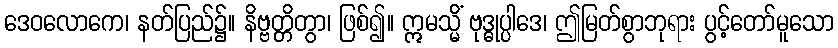
ဒေဝလောကေ၊ နတ်ပြည်၌။ နိဗ္ဗတ္တိတွာ၊ ဖြစ်၍။ ဣမသ္မိံ ဗုဒ္ဓုပ္ပါဒေ၊ ဤမြတ်စွာဘုရား ပွင့်တော်မူသော